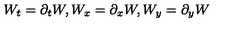
W _ { t } = \partial _ { t } W , W _ { x } = \partial _ { x } W , W _ { y } = \partial _ { y } W